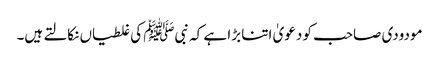
مودودی صاحب کو دعویٰ اتنا بڑا ہے کہ نبیﷺ کی غلطیاں نکالتے ہیں۔